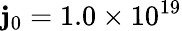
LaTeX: \mathbf{j}_{0}=1.0\times10^{19}